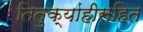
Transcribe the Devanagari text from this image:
तितुक्यांहीसहित